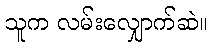
သူက လမ်းလျှောက်ဆဲ။